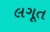
લગૂત